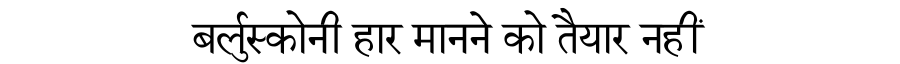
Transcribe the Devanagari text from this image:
बर्लुस्कोनी हार मानने को तैयार नहीं